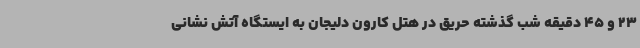
23 و 45 دقیقه شب گذشته حریق در هتل کارون دلیجان به ایستگاه آتش نشانی